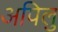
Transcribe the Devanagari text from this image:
अपिलु